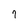
Character: 7